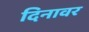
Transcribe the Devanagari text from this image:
दिनावर